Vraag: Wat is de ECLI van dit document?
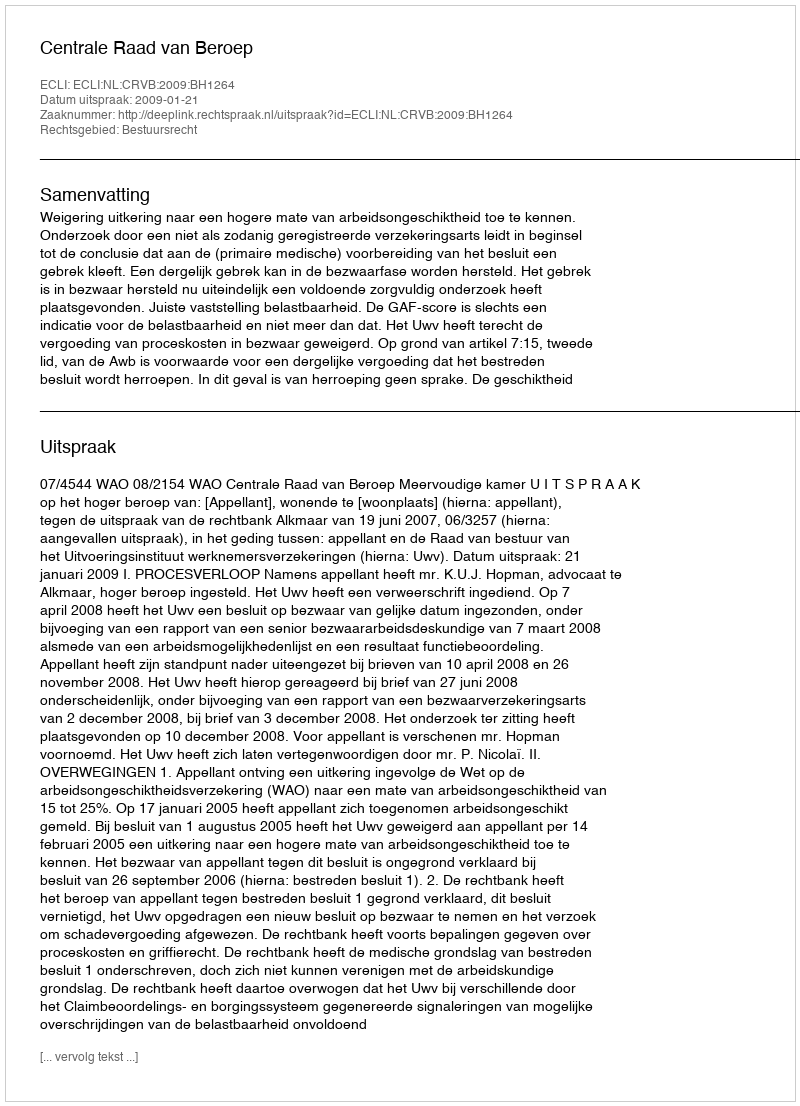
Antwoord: ECLI:NL:CRVB:2009:BH1264